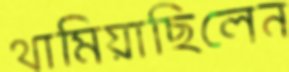
থামিয়াছিলেন